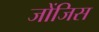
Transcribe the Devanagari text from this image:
जोंजिस